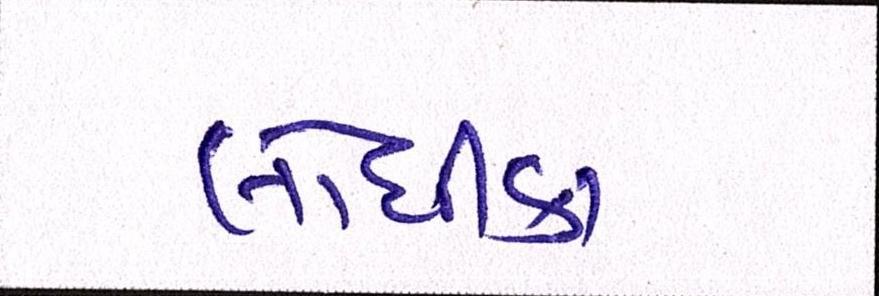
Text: લોધીકા